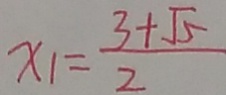
x _ { 1 } = \frac { 3 + \sqrt { 5 } } { 2 }